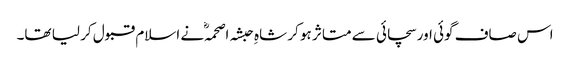
اس صاف گوئی اور سچائی سے متاثر ہو کر شاہِ حبشہ اصحمہؓ نے اسلام قبول کر لیا تھا۔